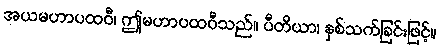
အယမဟာပထဝီ၊ ဤမဟာပထဝီသည်။ ပီတိယာ၊ နှစ်သက်ခြင်းဖြင့်။